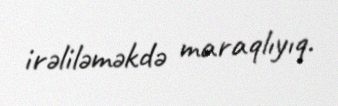
irəliləməkdə maraqlıyıq.